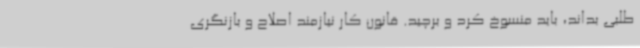
طلبی بداند، باید منسوخ کرد و برچید. قانون کار نیازمند اصلاح و بازنگری